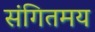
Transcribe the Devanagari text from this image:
संगितमय